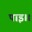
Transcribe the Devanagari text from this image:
पाइ।।